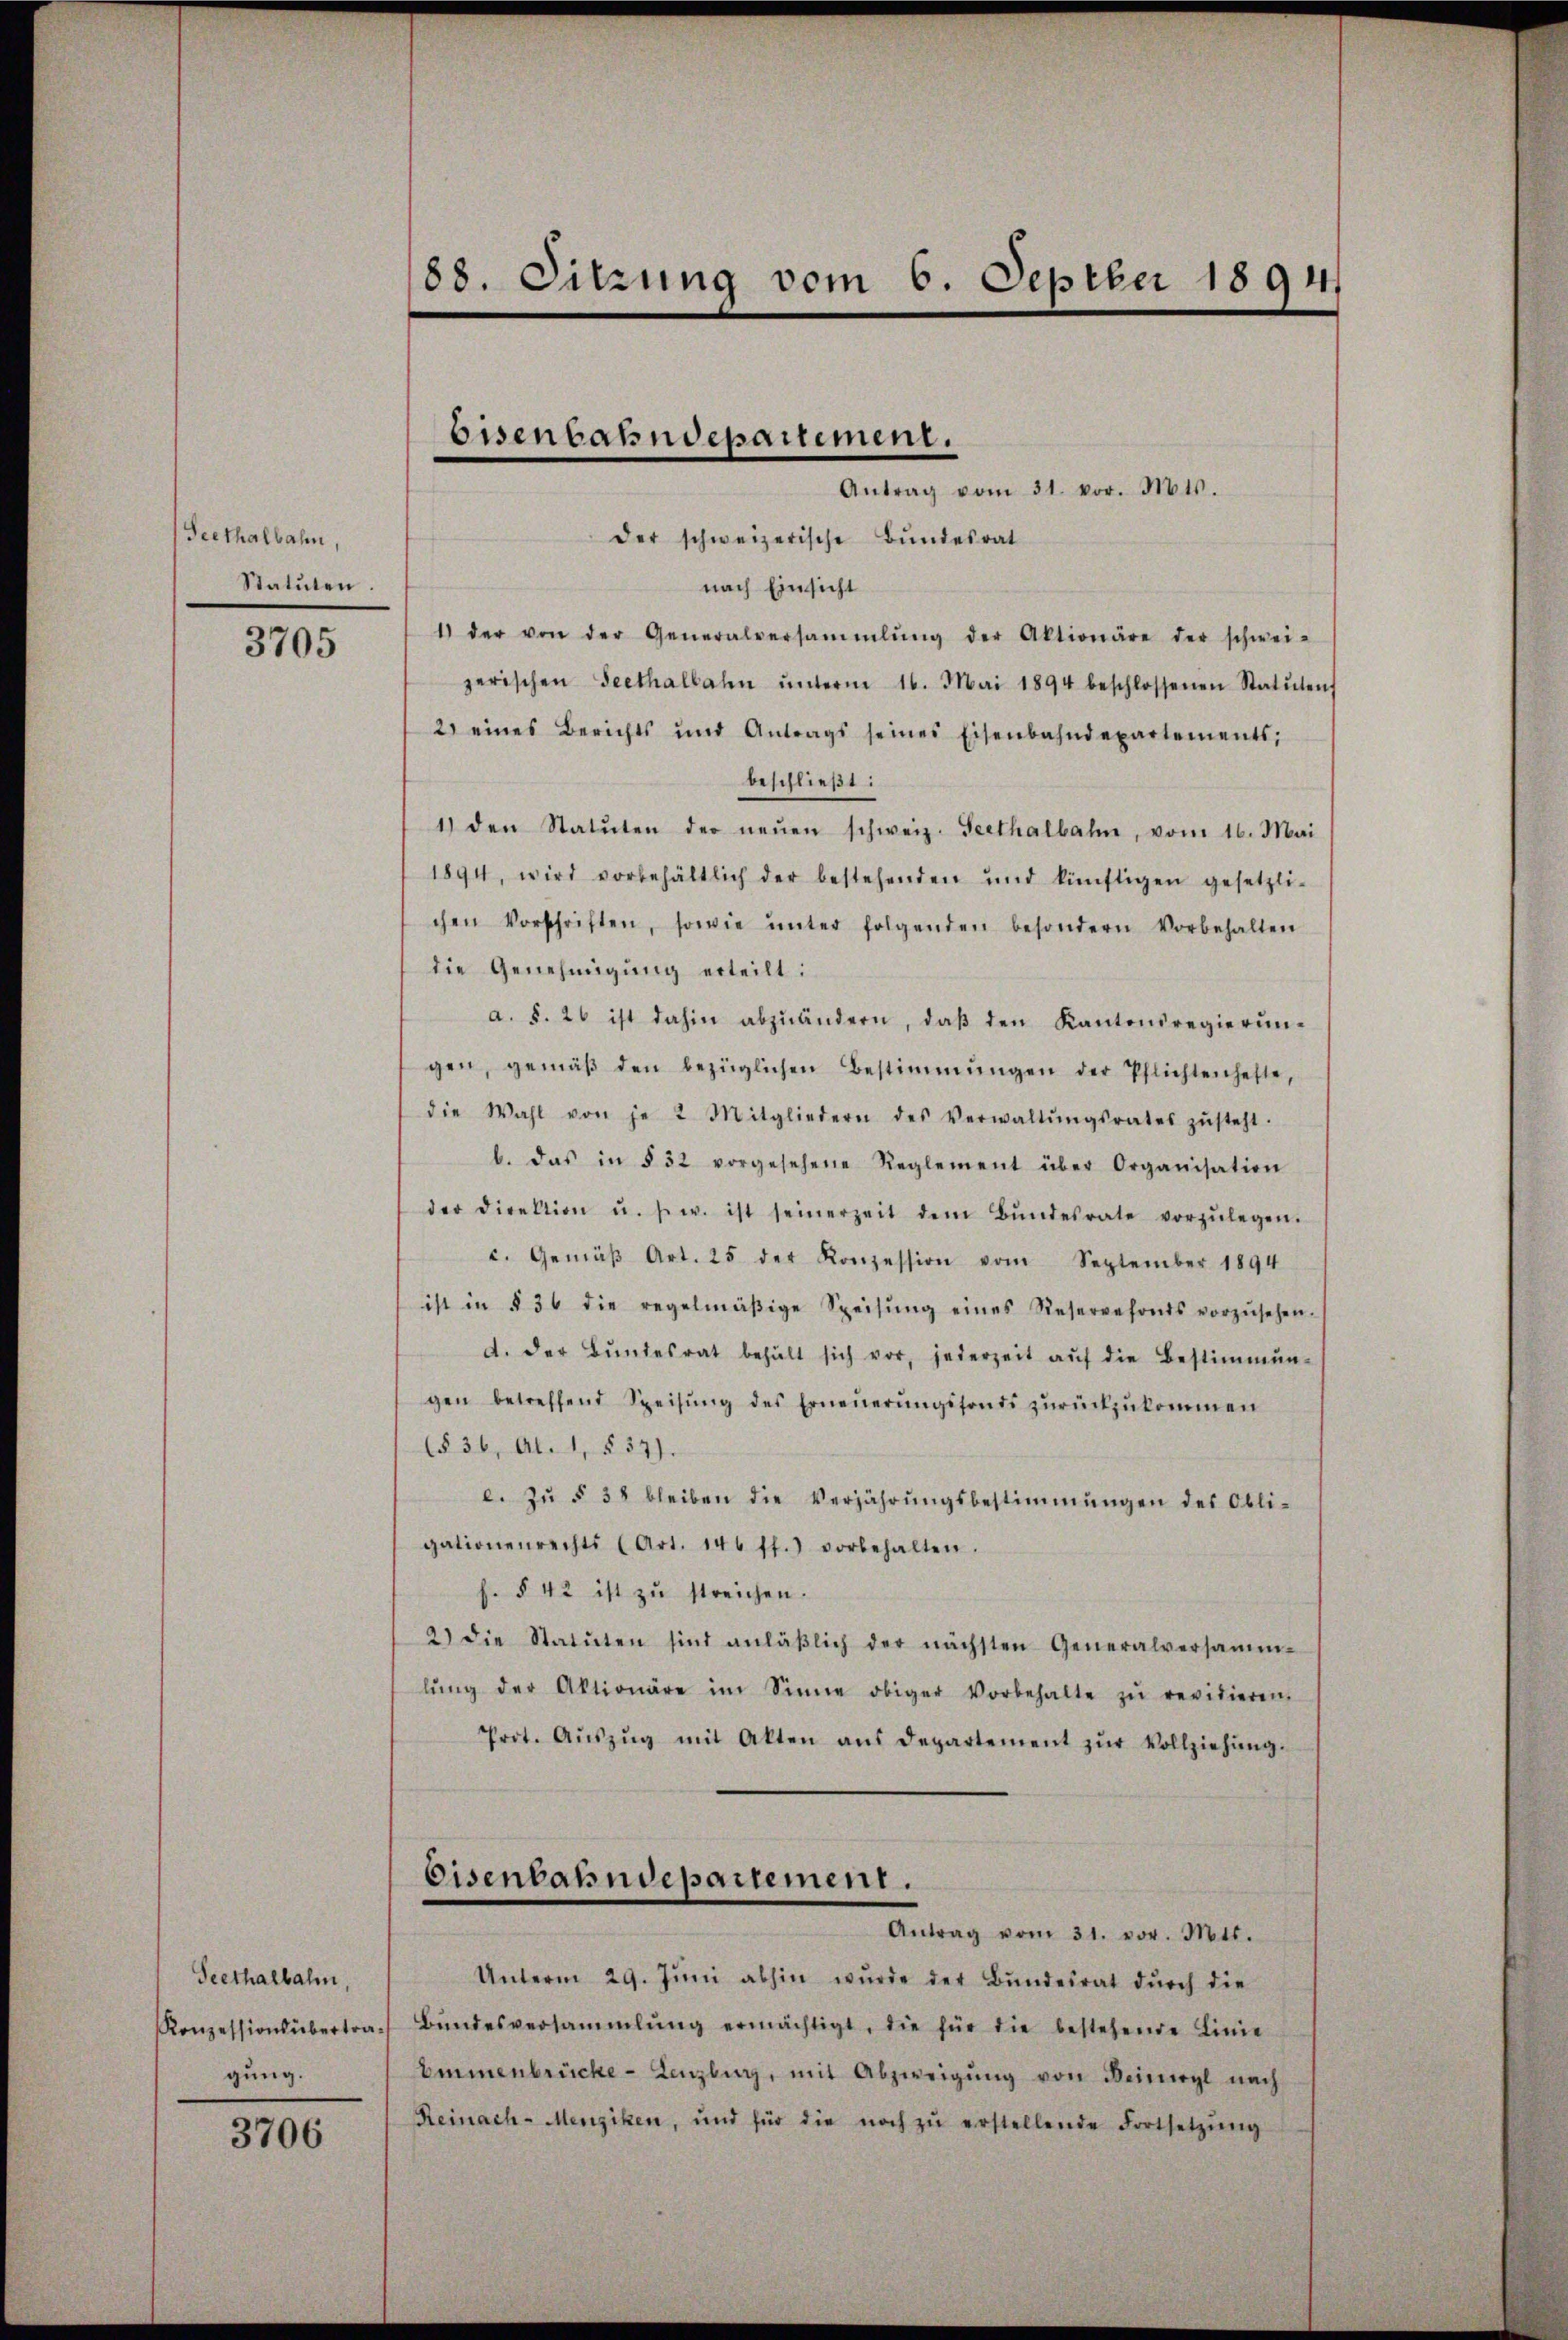
Seethalbahn,
Statuten.

3705

Seethalbahn
gung.

3706

88. Sitzung vom 6. Septber 1894.

Antrag vom 31. vor. Mts.
der schweizerische Bundesrat
nach Einsicht
1) der von der Generalversammlung der Aktionäre der schwei-
zerischen Seethalbahn ŭnterm 16. Mai 1894 beschlossenen Statuten,
2) eines Berichts und Antrags seines Eisenbahndepartements;
beschließt:
1) den Statŭten der neŭen schweiz. Seethalbahn, vom 16. Mai
1894, wird vorbehältlich der bestehenden und künftigen gesetzli-
chen Vorschriften, sowie ŭnter folgenden besondern Vorbehalten
die Genehmigung erteilt:
a. §. 26 ist dahin abzuändern, daβ den Kantonsregierŭn-
gen, gemäβ den bezüglichen Bestimmungen der Pflichtenhefte,
die Wahl von je 2 Mitgliedern des Verwaltŭngsrates zŭsteht.
b. das in § 32 vorgesehene Reglement über Organisation
der Direktion u. s. w. ist seinerzeit dem Bŭndesrate vorzŭlegen.
c. Gemäβ Art. 25 der Konzession vom September 1894
ist in § 36 die regelmäβige Speisŭng eines Reservefonds vorzŭsehen.
d. Der Bŭndesrat behält sich vor, jederzeit aŭf die Bestimmun-
gen betreffend Speisŭng des Erneŭerŭngsfonds zŭrückzŭkommen
(§36, Al. 1, § 37).
e. zŭ § 38 bleiben die Verjährŭngsbestimmungen des Obli-
gationenrechts (Art. 146 ff.) vorbehalten.
f. § 42 ist zŭ streichen.
2) die Statuten sind anläβlich der nächsten Generalversamm-
lŭng der Aktionäre im Sinne obiger Vorbehalte zŭ revidieren.
Prot. Aŭszŭg mit Akten aŭs Departement zŭr Vollziehŭng.
Eisenbahndepartement.
Antrag vom 31. vor. Mts.
Unterm 29. Jŭni abhin wŭrde der Bŭndesrat dŭrch die
Konzessionsübertra- Bŭndesversammlung ermächtigt, die für die bestehende Linie
Emmenbrücke-Lagburg, mit Abzweigŭng von Beinwyl nach
Reinach-Menziken, und für die noch zŭ erstellende Fortsetzŭng

Eisenbahndepartement.